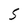
Character: S